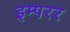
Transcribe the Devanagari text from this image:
इम्परर